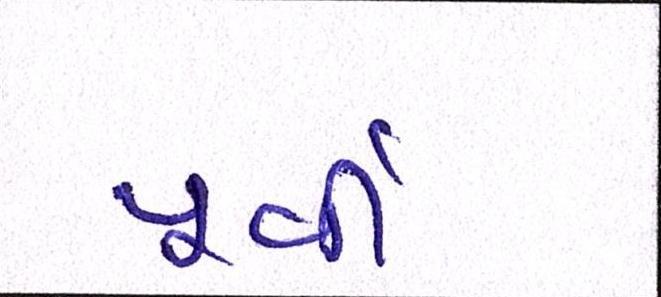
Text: પૂર્વી